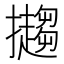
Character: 𢹤